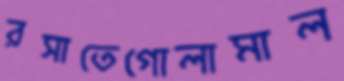
রসাতেগোলামাল